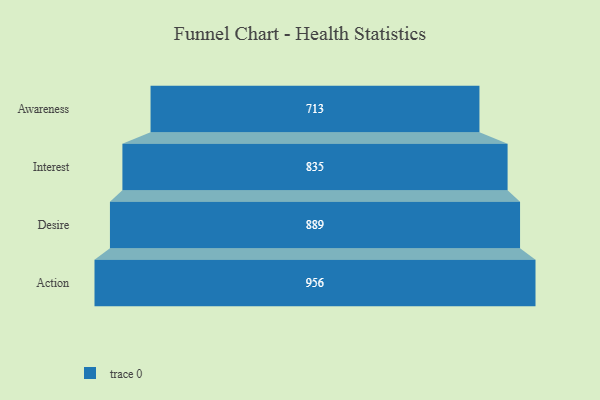
{"axis": {"x": "Stage", "y": "Value"}, "legend": [""], "data": [{"x": "Awareness", "y": 713.0, "type": ""}, {"x": "Interest", "y": 835.0, "type": ""}, {"x": "Desire", "y": 889.0, "type": ""}, {"x": "Action", "y": 956.0, "type": ""}]}